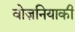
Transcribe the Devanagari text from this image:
वोज़नियाकी